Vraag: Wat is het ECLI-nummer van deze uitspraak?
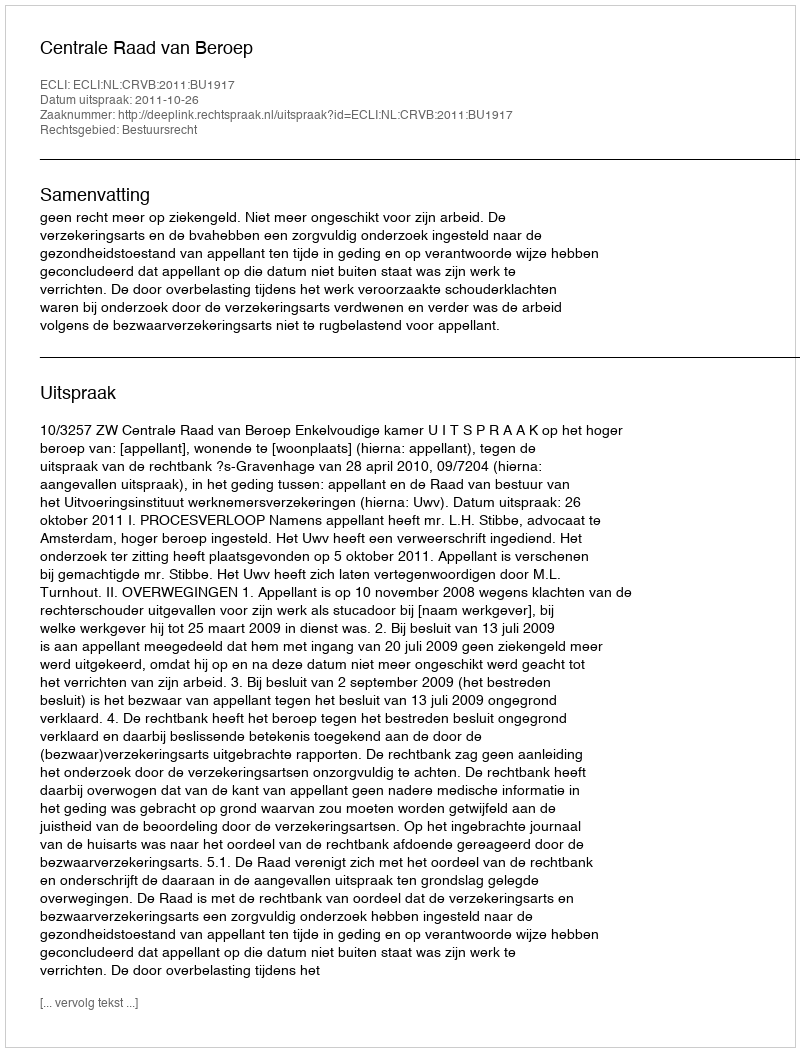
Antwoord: ECLI:NL:CRVB:2011:BU1917